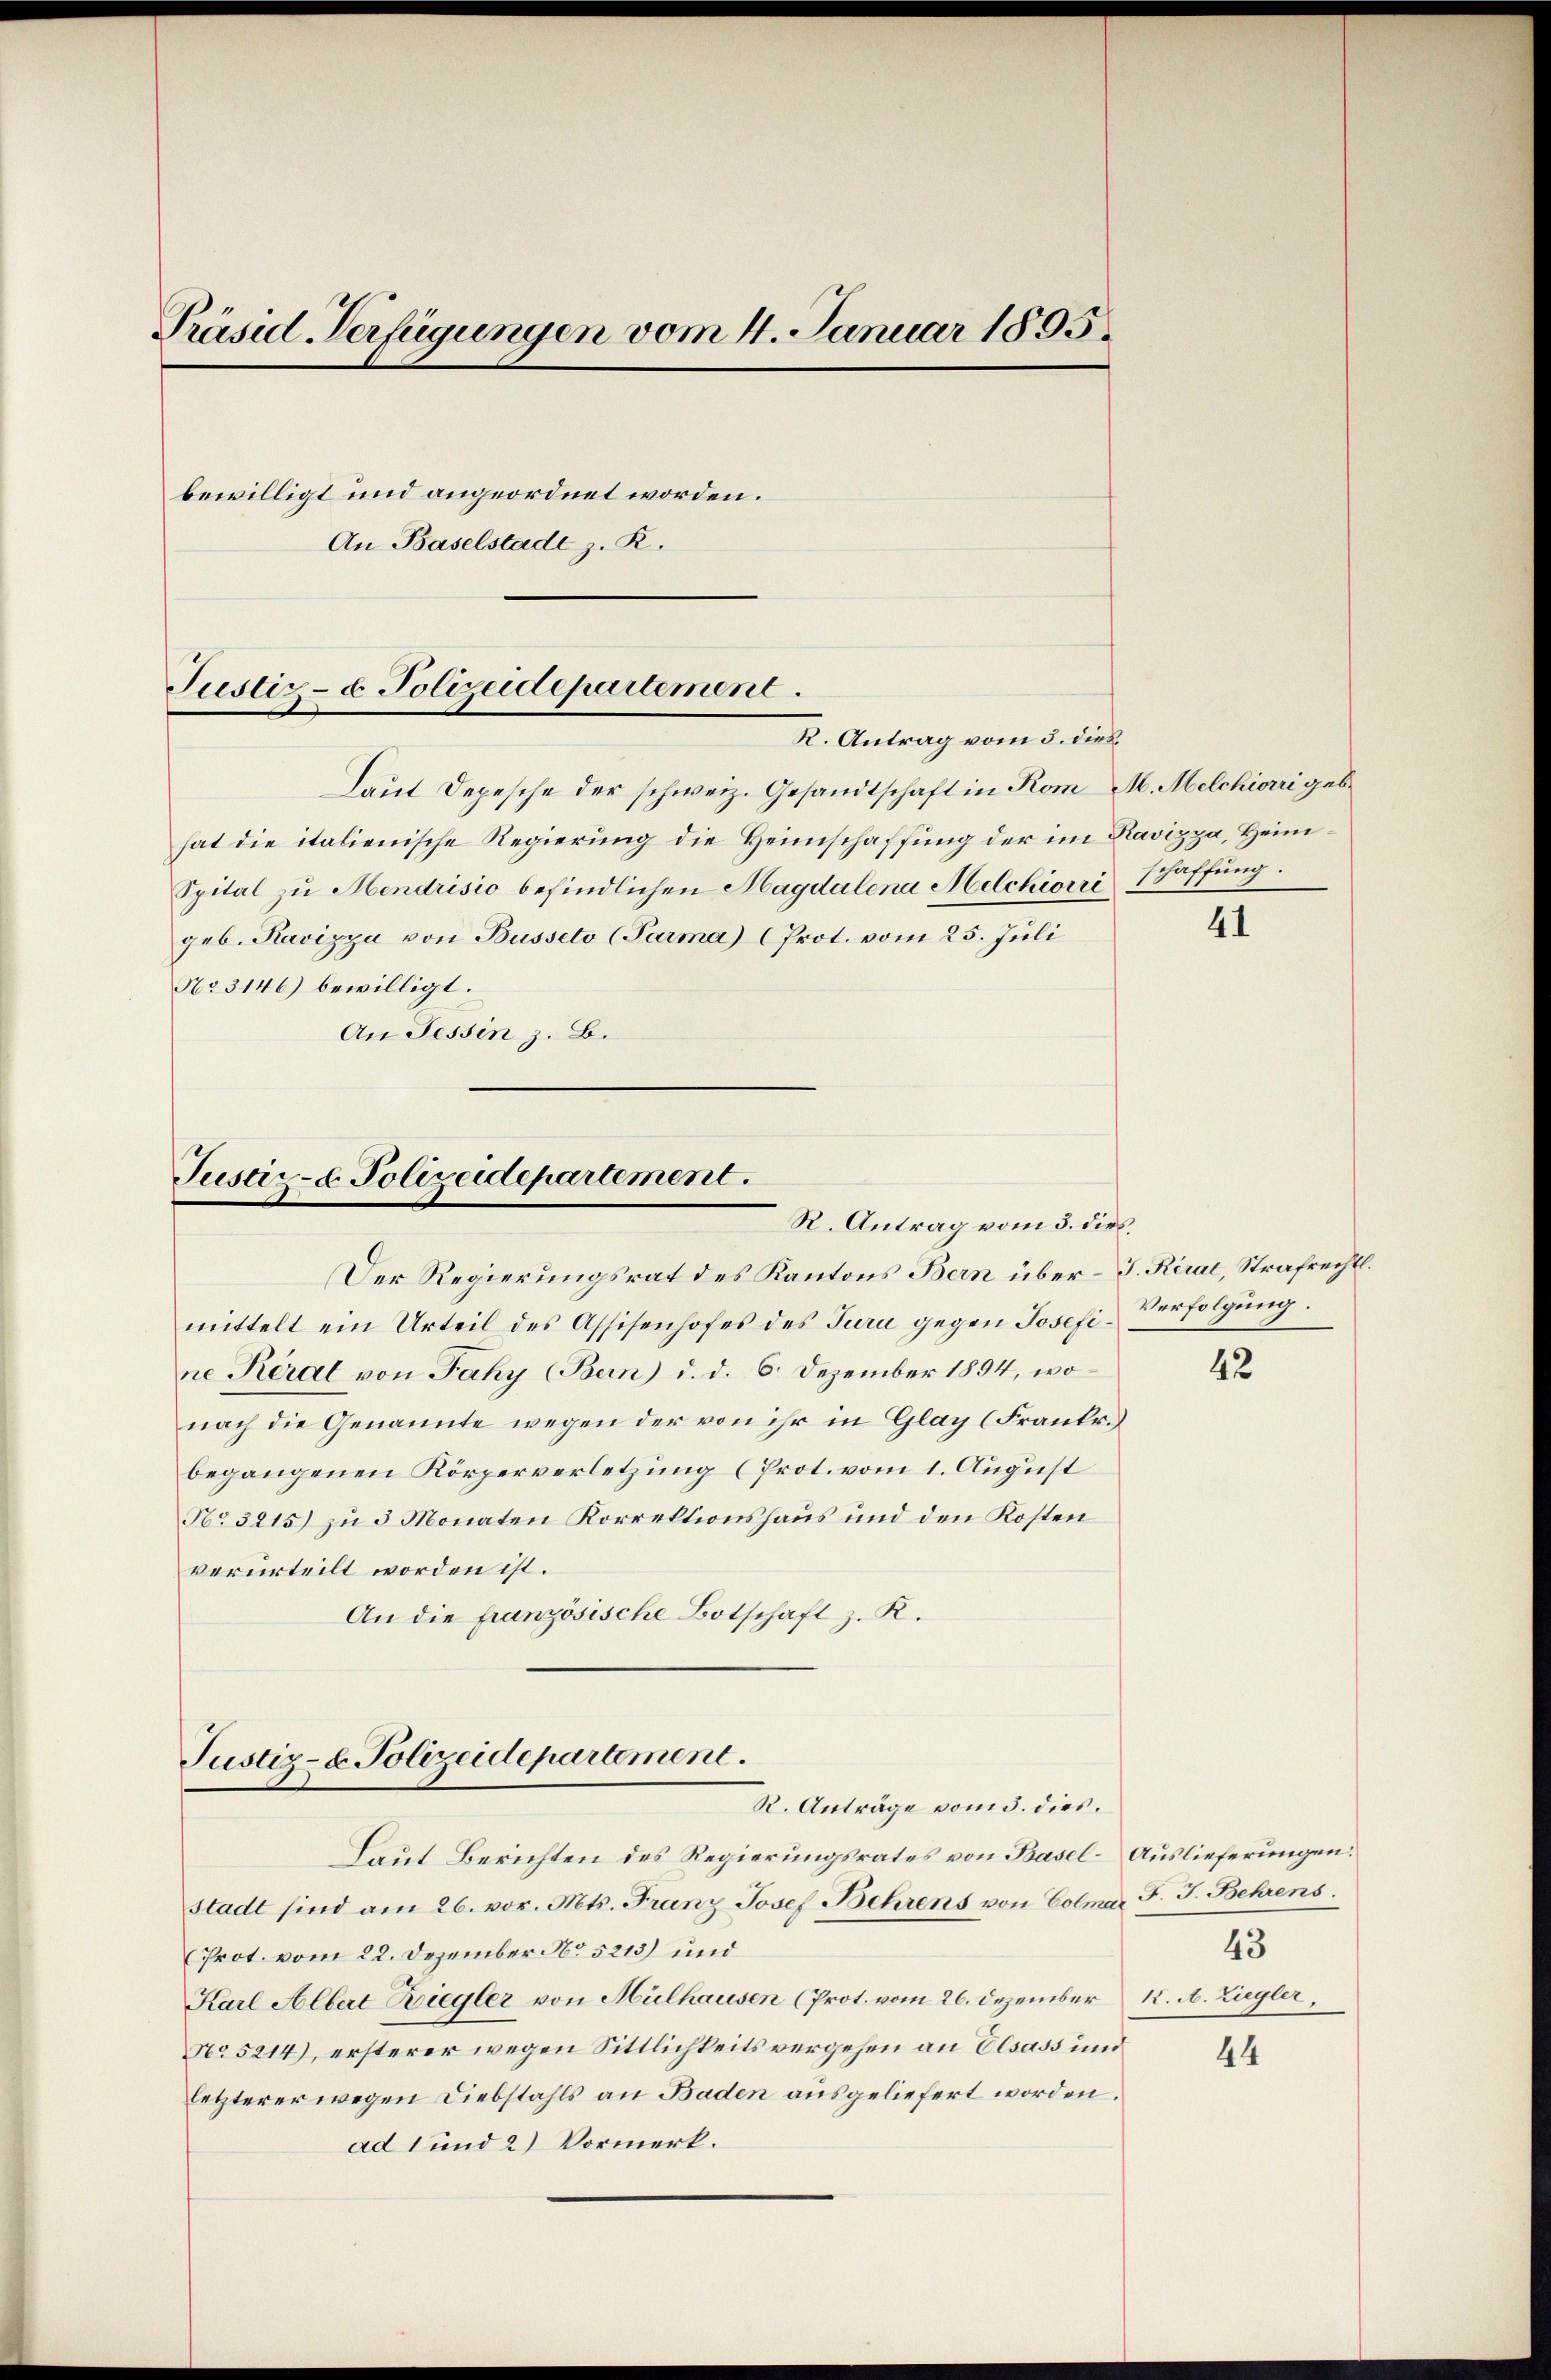
Präsid-Verfügungen vom 4. Januar 1895.
bewilligt und angeordnet worden.
An Baselstade z. R.

Justiz- & Polizeidepartement.
R. Antrag vom 3. dies

No 3146) bewilligt.
An Tessin z. B.

Laut Depesche der schweiz. Gesandtschaft in Kom-M. Melchiori geb.
hat die italienische Regierung die Heimschaffung der im Ravizza, Heim¬
Spital zu Hendrisio befindlichen Magdalena Melchiori Schaffung.
geb. Ravizza von Busseto (Parma) (Prot. vom 25. Juli

Justiz- & Polizeidepartement.
R. Antrag vom 3. dies

Der Regierungsrat des Kantons Bern über-J. Kiral, Strafrechtl.
mittelt ein Urteil des Assisenhofes des Jurie gegen Josefi-Verfolgung.
ne Keral von Faky (Bern) d. d. 6. Dezember 1894, wonach die Genannte wegen der von ihr in Glas (Frankr.
begangenen Körperverletzung (Prot. vom 1. August
No 3215) zu 3 Monaten Korrektionshaus und den Kosten
verurteilt worden ist.
An die französische Botschaft z. K.

Justiz- & Polizeidepartement.
R. Anträge vom 5. dies.

Laut Berichten des Regierungsrates von Basel-Auslieferungen:
Stadt sind am 26. vor. Mts. Franz Josef Behrens von Colmar F. J. Behrens
Prot. vom 22. Dezember No 5215) und
Karl Albert Ziegler von Mülhausen (Prot. vom 26. Dezember K. A. Ziegler,
No 5214), ersterer wegen Sittlichkeits vergehen an Elsass und
letzterer wegen Diebstahls an Baden ausgeliefert worden.
ad 1 und 2) Vormerk.

41

42

43

44